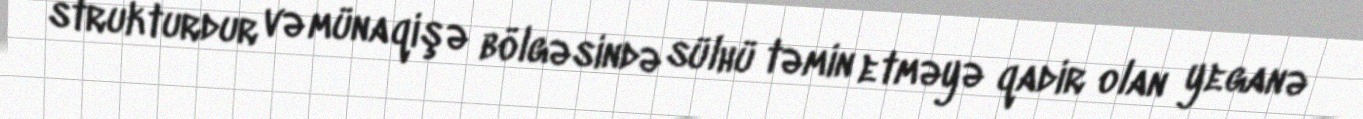
strukturdur və münaqişə bölgəsində sülhü təmin etməyə qadir olan yeganə